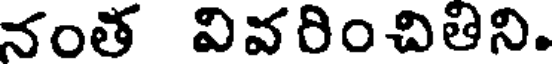
నంత వివరించితిని.